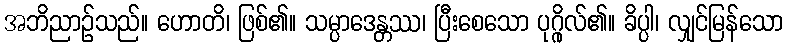
အဘိညာဉ်သည်။ ဟောတိ၊ ဖြစ်၏။ သမ္ပာဒေန္တဿ၊ ပြီးစေသော ပုဂ္ဂိုလ်၏။ ခိပ္ပါ၊ လျှင်မြန်သော